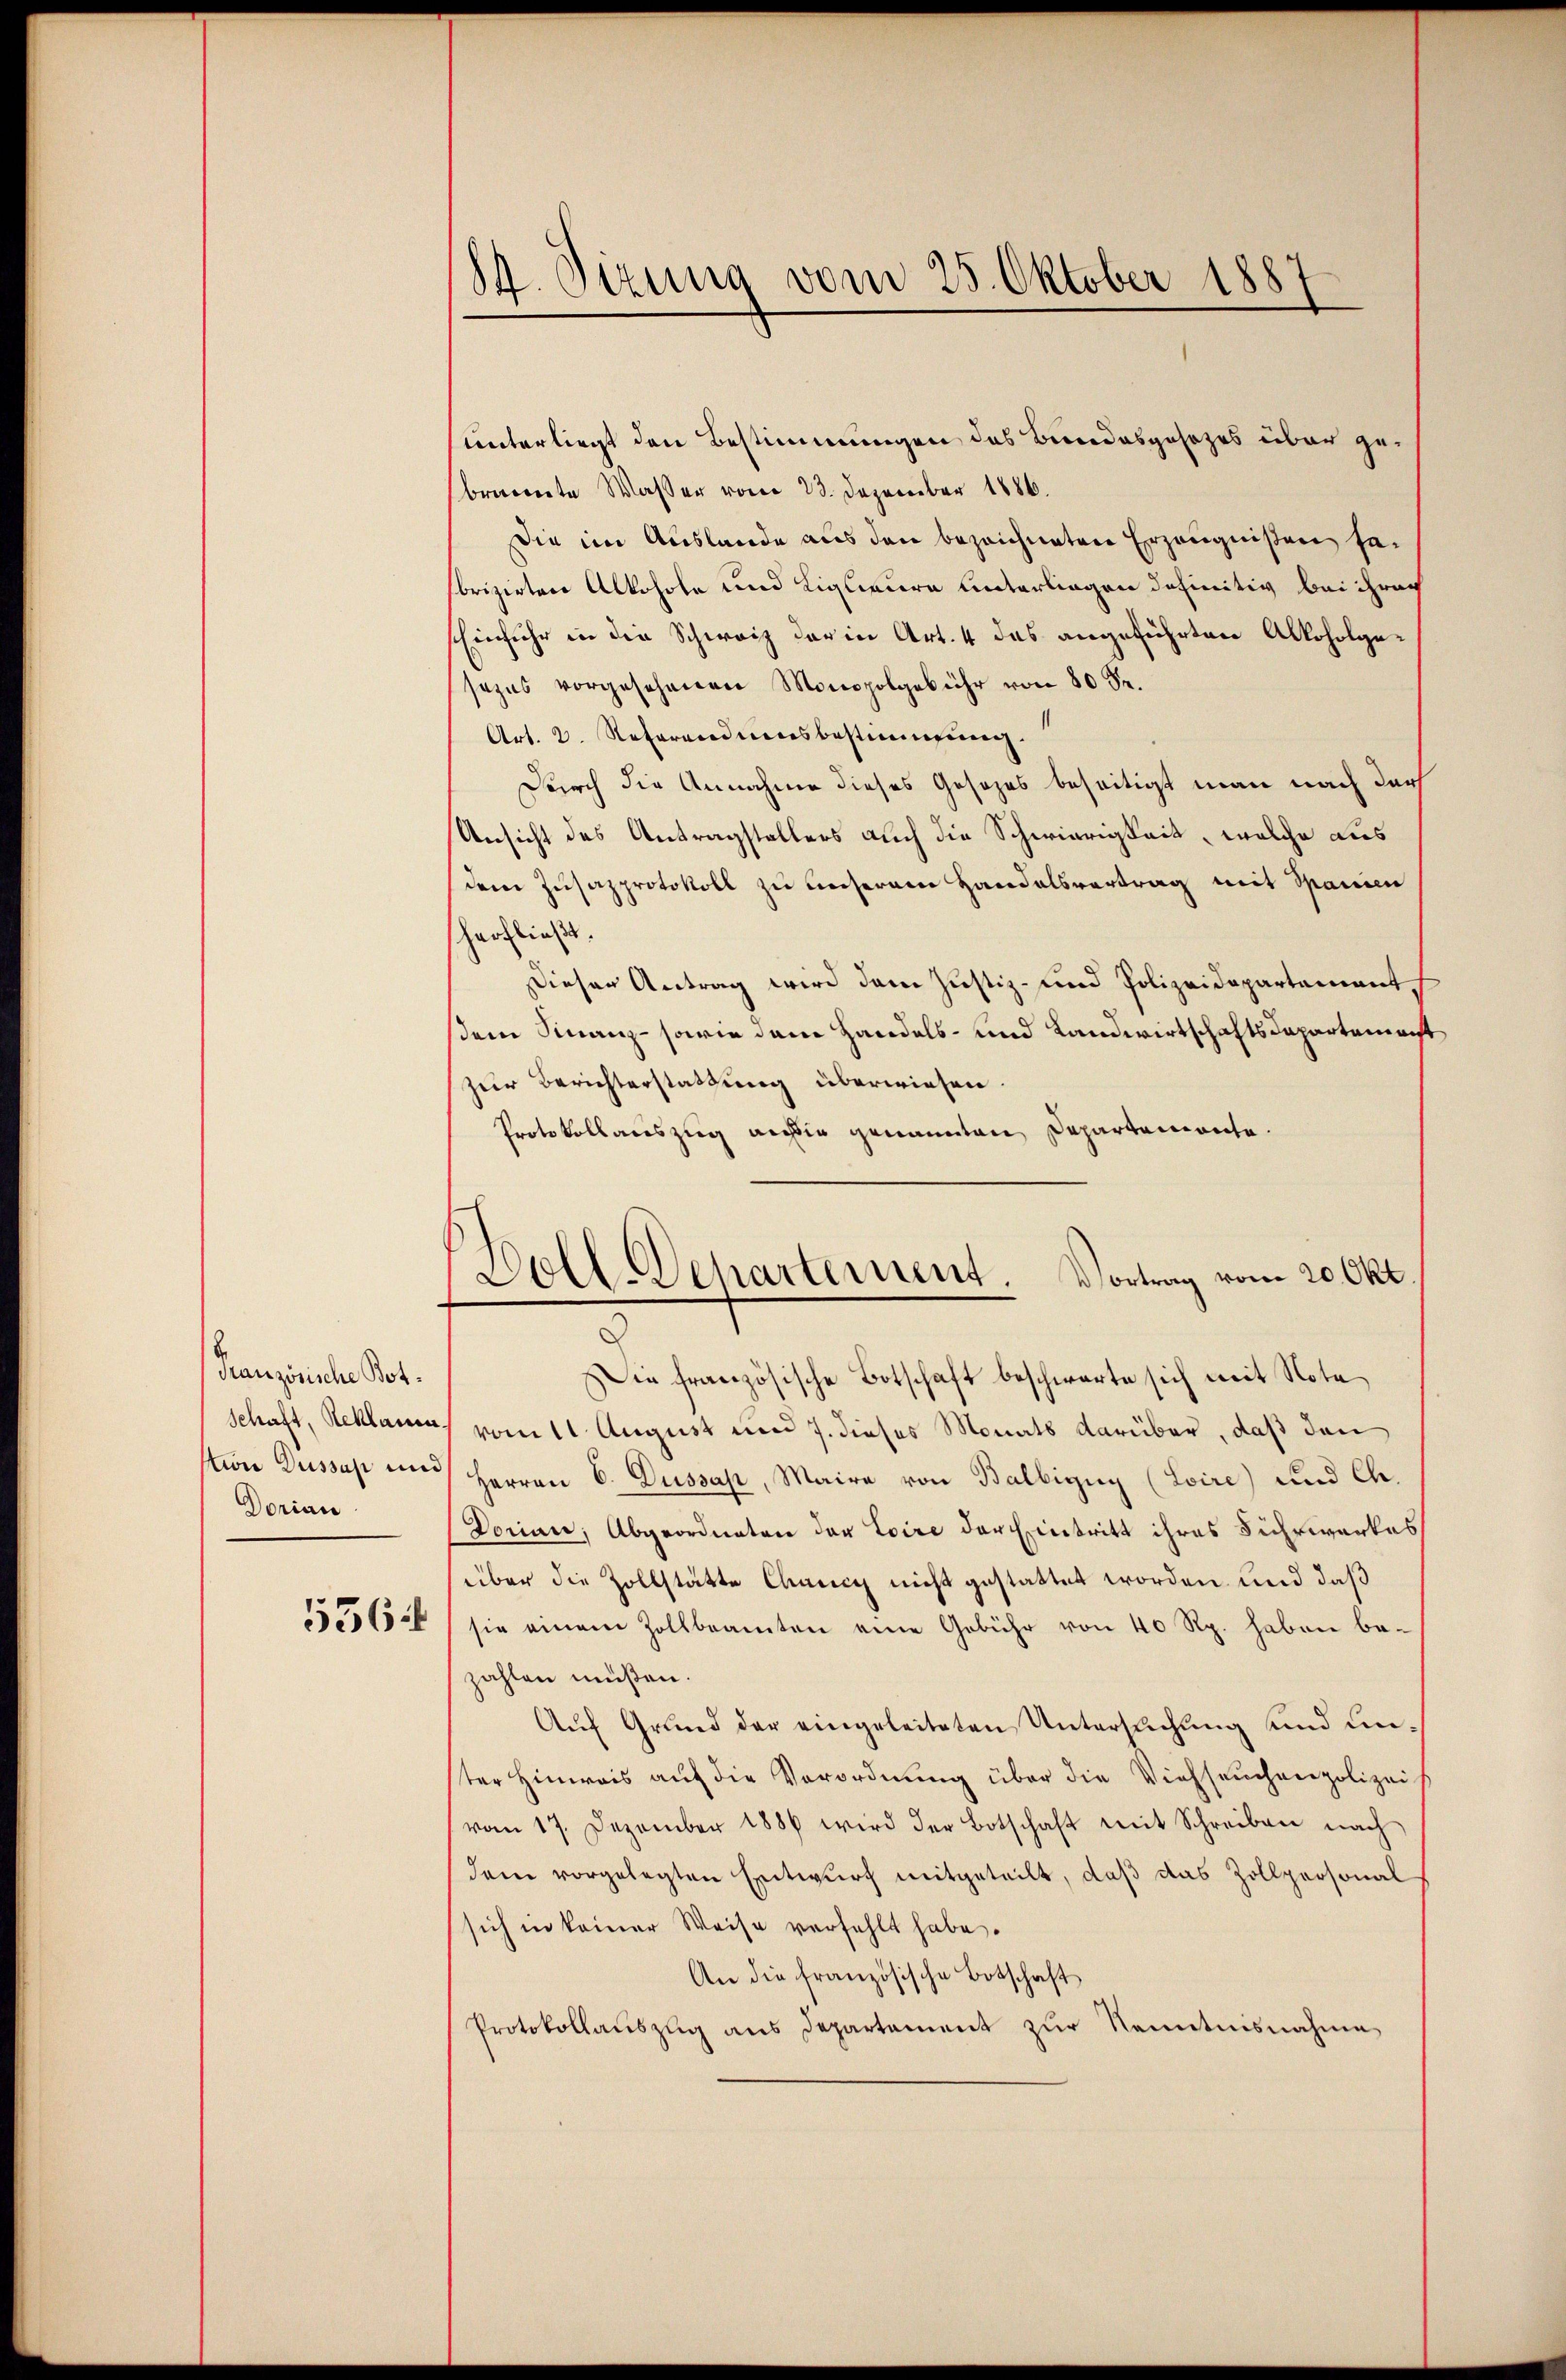
Französische Bot¬
Schaft, Reklamen.
ttin Dussas und
Dorian

556 f

84. Sizung vom 25. Oktober 1887

unterliegt den Bestimmungen des Bundesgesetzes über gebrannte Wasser vom 23. Dezember 1886.
Die im Auslande aus den bezeichneten Erzeugnißen sebrizirten Alkohole und Ligueure unterliegen definitiv bei ihrer
Einfuhr in der Schweiz der in Art. 4 das angeführten Alkoholgesezes vorgesehenen Monopolgebühr von 80 S.
Art. 2. Referendiensbestimmung.
Durch die Annahme dieses Gesezes beseitigt man nach dar
Ansicht des Antragstallers auch die Schwierigkeit, welche aus
dem Zusazprotokoll zu unserem Handelsvertrag mit Spanien
herfließt.
Dieser Antrag wird dem Justiz- und Polizeidepartement
sem Finanz- sowie dem Handels- und Landwirtschaftsdepartement
zur Berichterstattung überwiesen.
Protokollauszug auch in genannten Departemente.
Die französische Botschaft beschwarte sich mit Note
vom 11. August und 7. dieses Monats darüber, daß den
Herren C. Dussah, Maire von Balbigny (Loire) und Ch.
Dorian, Abgeordneten der Loire der Eintritt ihres Fuhrwerkes
über die Zollstätte Chancy nicht gestattet worden und daß
sie einem Zollbeamten eine Gebühr von 40 Rp. haben bezahlen müßen.
Auf Grund der eingeleiteten Untersuchung und unter Hinweis auf die Verordnung über die Viehseuchenpolizei
vom 17. Dezember 1886 wird der Botschaft mit Schreiben nach
dem vorgelegten Entwurf mitgeteilt, daß das Zollpersonal
sich in keiner Weise verfehlt habe.
An die französische Botschaft
Protokollaŭszŭg ans Departement zŭr Kenntnisnahme

Soll Behartement Vortrag vom 20. Okt.